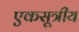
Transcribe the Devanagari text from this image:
एकसूत्रीय